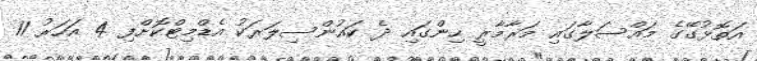
އަތޮޅުގޭގެ މައްސަލާގައި މަރާމާރީ ހިންގައި ދެ ކައުންސިލަރަކު އެޑްމިޓްކޮށްފި 4 އަހަރު 11